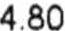
4.80